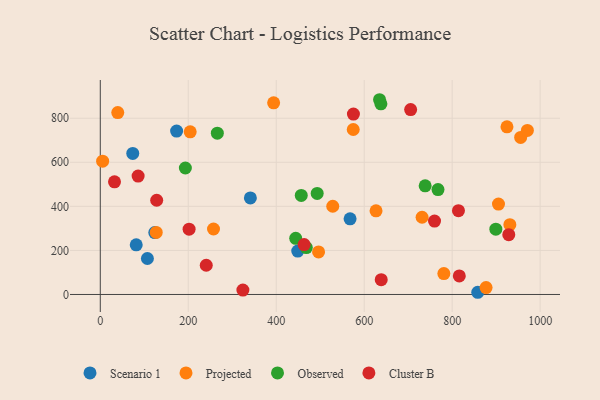
{"axis": {"x": "Distance", "y": "Salary"}, "legend": ["Cluster B", "Observed", "Projected", "Scenario 1"], "data": [{"x": "448.9", "y": 196.8, "type": "Scenario 1"}, {"x": "73.8", "y": 640.2, "type": "Scenario 1"}, {"x": "567.9", "y": 343.4, "type": "Scenario 1"}, {"x": "858.2", "y": 10.0, "type": "Scenario 1"}, {"x": "173.5", "y": 741.7, "type": "Scenario 1"}, {"x": "341.2", "y": 438.3, "type": "Scenario 1"}, {"x": "123.9", "y": 280.8, "type": "Scenario 1"}, {"x": "81.7", "y": 225.3, "type": "Scenario 1"}, {"x": "107.1", "y": 163.3, "type": "Scenario 1"}, {"x": "127.2", "y": 281.6, "type": "Projected"}, {"x": "931.2", "y": 316.9, "type": "Projected"}, {"x": "626.9", "y": 379.6, "type": "Projected"}, {"x": "877.1", "y": 31.5, "type": "Projected"}, {"x": "496.3", "y": 193.2, "type": "Projected"}, {"x": "781.1", "y": 94.8, "type": "Projected"}, {"x": "575.1", "y": 748.9, "type": "Projected"}, {"x": "528.5", "y": 400.4, "type": "Projected"}, {"x": "257.4", "y": 297.3, "type": "Projected"}, {"x": "394.1", "y": 870.1, "type": "Projected"}, {"x": "955.7", "y": 712.9, "type": "Projected"}, {"x": "5.3", "y": 605.3, "type": "Projected"}, {"x": "204.4", "y": 738.5, "type": "Projected"}, {"x": "905.3", "y": 410.3, "type": "Projected"}, {"x": "924.6", "y": 761.0, "type": "Projected"}, {"x": "971.0", "y": 744.8, "type": "Projected"}, {"x": "39.7", "y": 825.5, "type": "Projected"}, {"x": "731.6", "y": 350.5, "type": "Projected"}, {"x": "444.3", "y": 254.7, "type": "Observed"}, {"x": "767.8", "y": 476.3, "type": "Observed"}, {"x": "193.4", "y": 574.0, "type": "Observed"}, {"x": "456.9", "y": 449.7, "type": "Observed"}, {"x": "899.3", "y": 296.6, "type": "Observed"}, {"x": "738.6", "y": 493.3, "type": "Observed"}, {"x": "638.0", "y": 865.2, "type": "Observed"}, {"x": "634.9", "y": 884.0, "type": "Observed"}, {"x": "493.1", "y": 458.7, "type": "Observed"}, {"x": "468.4", "y": 212.8, "type": "Observed"}, {"x": "266.1", "y": 732.0, "type": "Observed"}, {"x": "814.3", "y": 380.6, "type": "Cluster B"}, {"x": "816.2", "y": 84.2, "type": "Cluster B"}, {"x": "638.7", "y": 67.1, "type": "Cluster B"}, {"x": "86.0", "y": 537.3, "type": "Cluster B"}, {"x": "759.9", "y": 333.3, "type": "Cluster B"}, {"x": "463.4", "y": 226.4, "type": "Cluster B"}, {"x": "575.5", "y": 818.8, "type": "Cluster B"}, {"x": "928.7", "y": 271.4, "type": "Cluster B"}, {"x": "240.9", "y": 132.6, "type": "Cluster B"}, {"x": "324.2", "y": 19.8, "type": "Cluster B"}, {"x": "705.6", "y": 839.2, "type": "Cluster B"}, {"x": "201.9", "y": 296.5, "type": "Cluster B"}, {"x": "32.3", "y": 511.4, "type": "Cluster B"}, {"x": "128.2", "y": 427.6, "type": "Cluster B"}]}